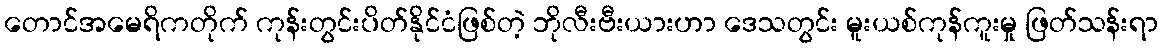
တောင်အမေရိကတိုက် ကုန်းတွင်းပိတ်နိုင်ငံဖြစ်တဲ့ ဘိုလီးဗီးယားဟာ ဒေသတွင်း မူးယစ်ကုန်ကူးမှု ဖြတ်သန်းရာ